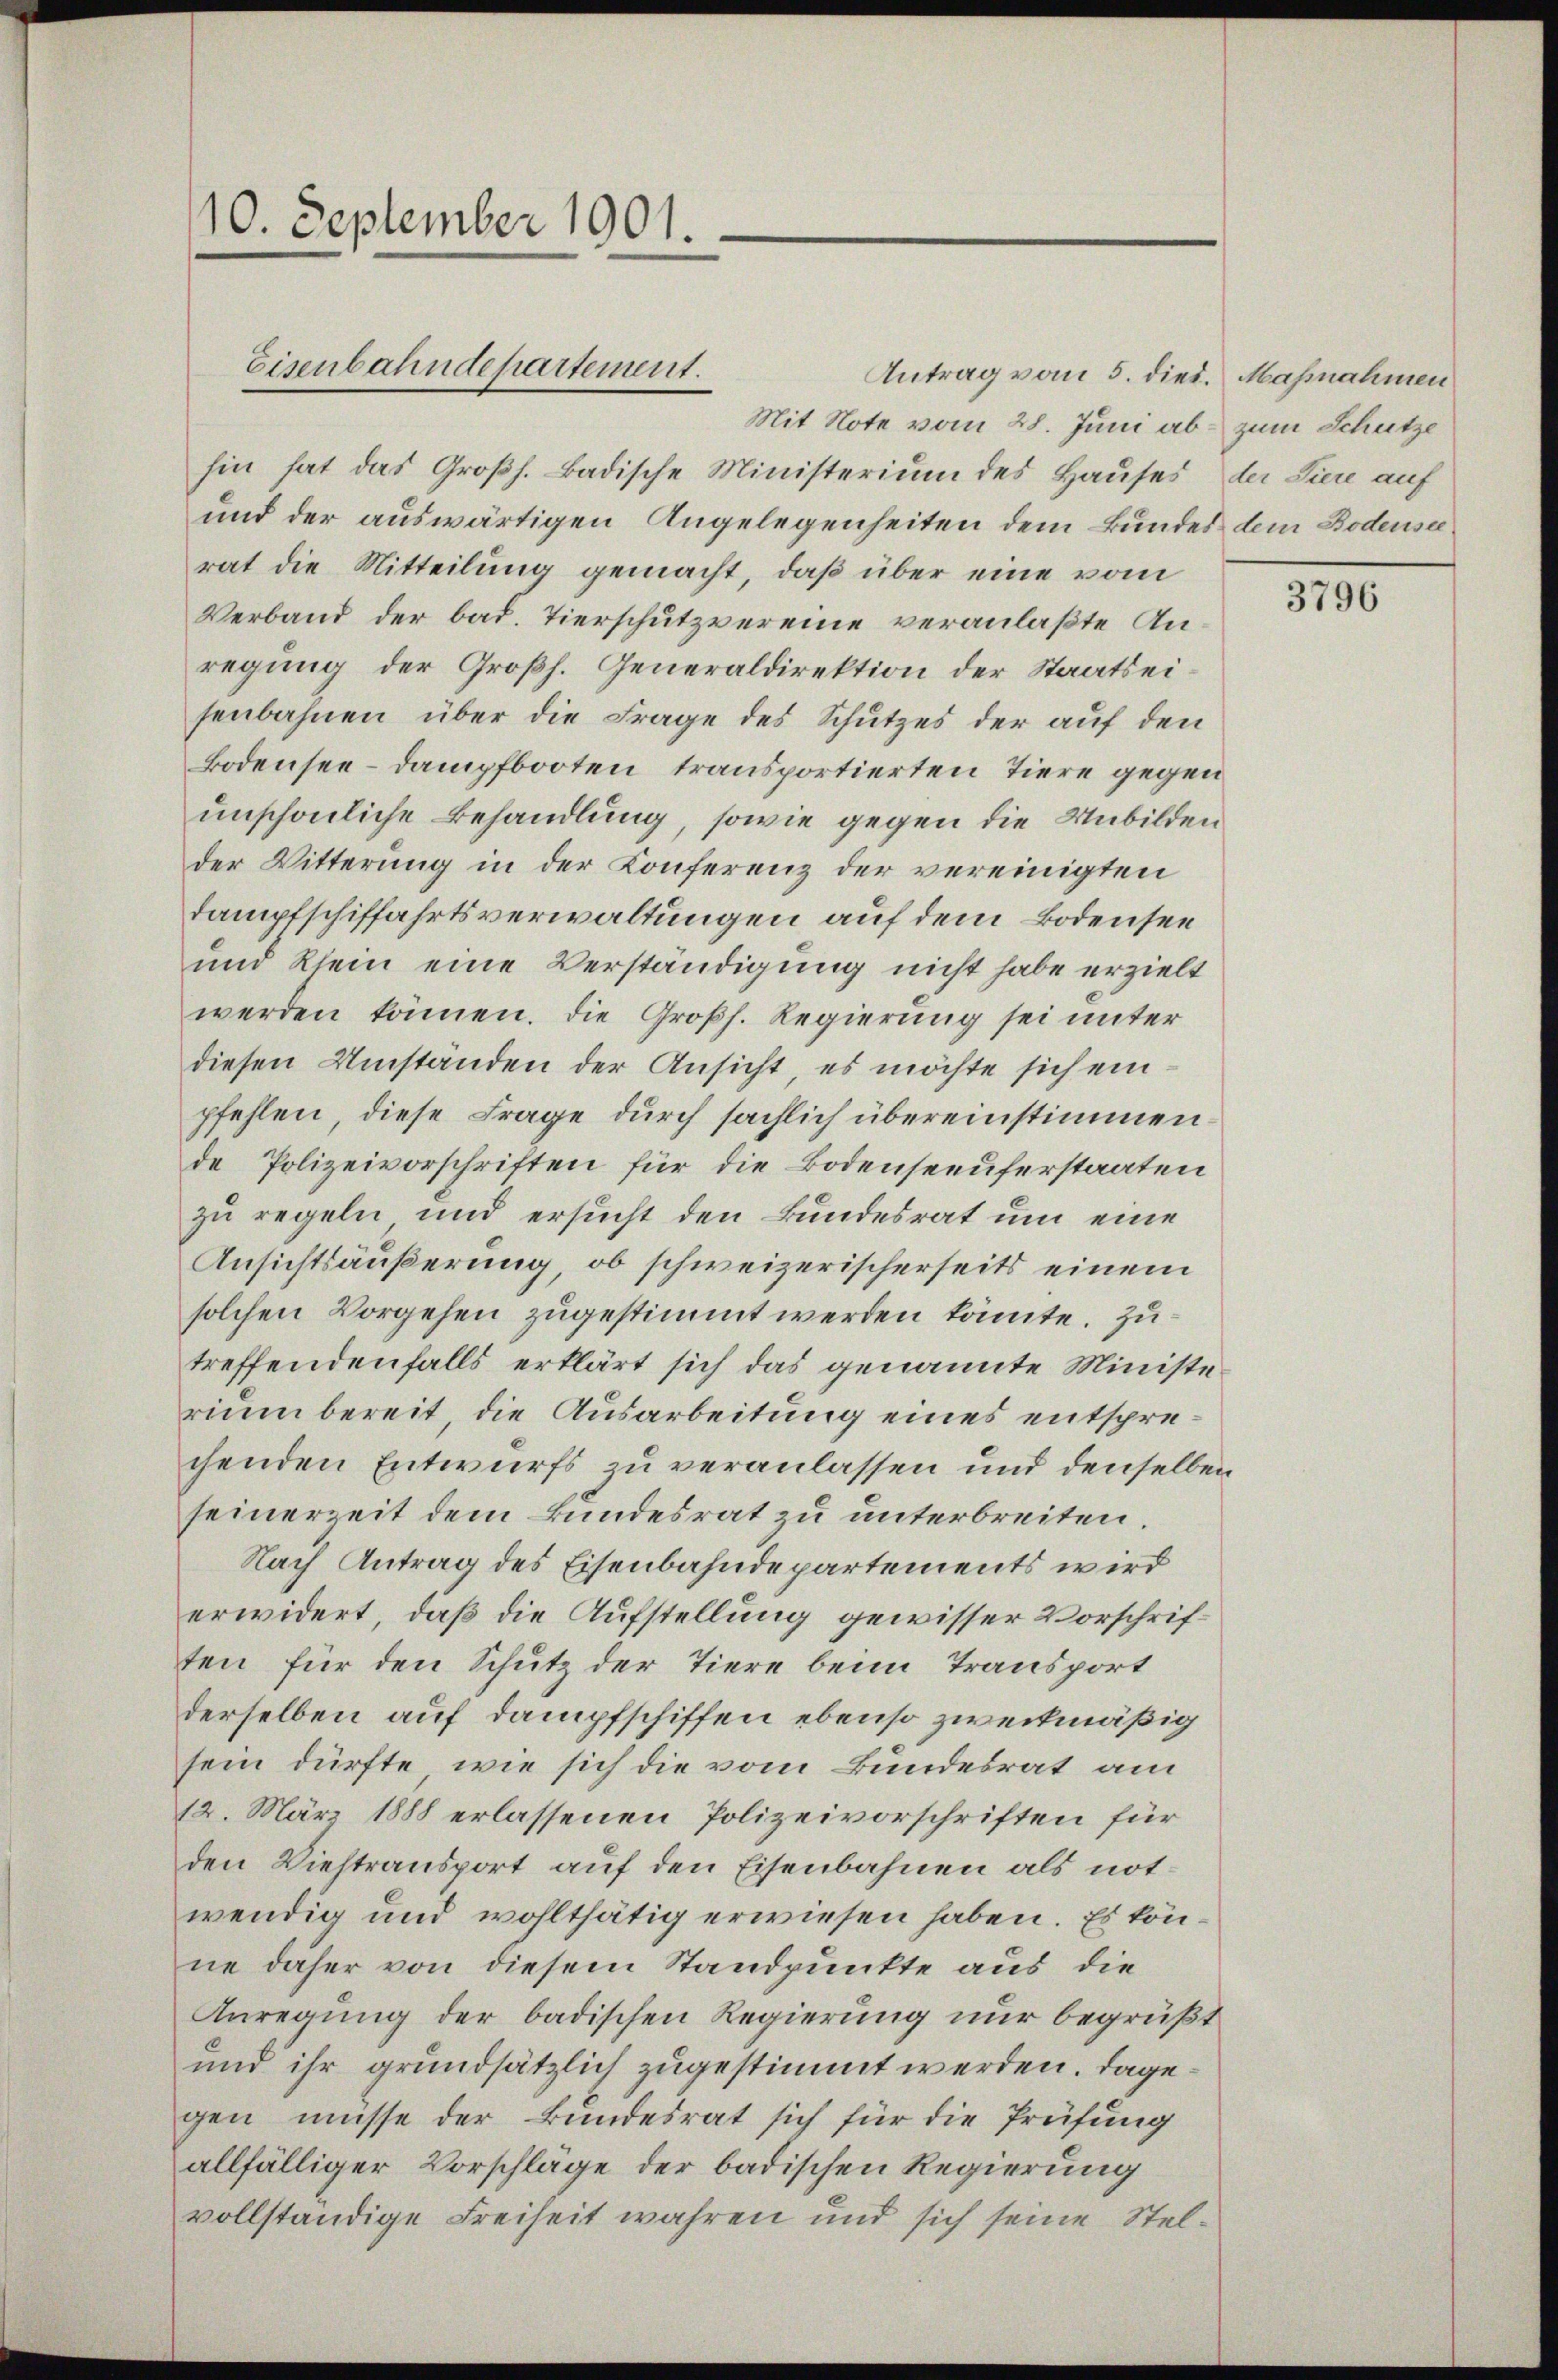
10. September 1901.

Antrag vom 5. dies. Maßnahmen
Mit Note vom 28. Juni ab - zum Schutze
hin hat das Großh. Badische Ministerium des Hauses der Tiere auf
und der auswärtigen Angelegenheiten dem Bundes dem Bodense
rat die Mitteilung gemacht, daß über eine vom
Verband der bad. Tierschutzvereine veranlaßte Anregung der Großh. Generaldirektion der Staatseisenbahnen über die Frage des Schutzes der auf den
Bodensee-Dampfbooten transportierten Tiere gegen
unschönliche Behandlung, sowie gegen die Unbilden
der Witterung in der Konferenz der vereinigten
tampfschiffahrtsverwaltungen auf dem Bodensee
und Rhein eine Verständigung nicht habe erzielt
werden können. Die Großh. Regierung sei unter
diesen Umständen der Ansicht, es möchte sich einpfehlen, diese Frage durch sächlich übereinstimmen.
de Polizeivorschriften für die Bodenseeuferstaaten
zu regeln und ersucht den Bundesrat um eine
Ansichtsäußerung, ob schweizerischerseits einem
solchen Vorgehen zugestimmt werden könnte. Zutreffendenfalls erklärt sich das genannte Ministerium bereit, die Ausarbeitung eines entsprechenden Entwurfs zu veranlassen und denselben
seinerzeit dem Bundesrat zu unterbreiten.
Nach Antrag des Eisenbahndepartements wird
erwidert, daß die Aufstellung gewisser Vorschriften für den Schutz der Tiere beim Transport
derselben auf Dampfschiffen ebenso zweckmäßig
sein dürfte, wie sich die vom Bundesrat am
12. März 1888 erlassenen Polizeivorschriften für
den Viehtransport auf den Eisenbahnen als notwendig und wohlthätig erwiesen haben. Es könne daher von diesem Standpunkte aus die
Anregung der badischen Regierung nur begrüßt
und ihr grundsätzlich zugestimmt werden. Dagegen müsse der Bundesrat sich für die Prüfung
allfälliger Vorschläge der badischen Regierung
vollständige Freiheit wahren und sich seine Stel¬

Eisenbahndepartement.

3796